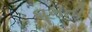
ઘૂમતી